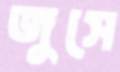
জুসে